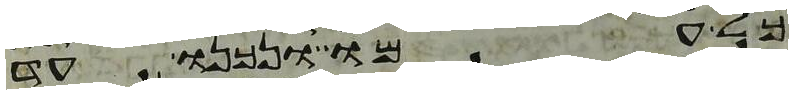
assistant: כל עמו ונכנו עד